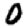
Digit: 0